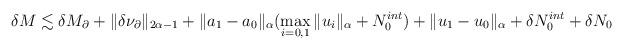
LaTeX: \begin{align*}\delta M \lesssim \delta M_{\partial} + \|\delta \nu_{\partial}\|_{2\alpha -1} +\|a_1 - a_0\|_{\alpha} ( \displaystyle\max_{i = 0,1} \|u_i\|_{\alpha} + N_0^{int} ) + \|u_1- u_0\|_{\alpha} + \delta N_0^{int} + \delta N_0 \end{align*}